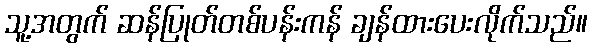
သူ့အတွက် ဆန်ပြုတ်တစ်ပန်းကန် ချန်ထားပေးလိုက်သည်။